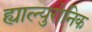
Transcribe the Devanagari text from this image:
ह्याल्युरोनिक